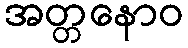
အတ္တနောဝ